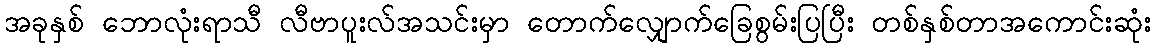
အခုနှစ် ဘောလုံးရာသီ လီဗာပူးလ်အသင်းမှာ တောက်လျှောက်ခြေစွမ်းပြပြီး တစ်နှစ်တာအကောင်းဆုံး